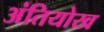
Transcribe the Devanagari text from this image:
अंतियोख